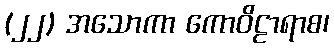
(၂၂) အသောကာ ကောဝိဠာရာစ၊